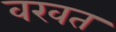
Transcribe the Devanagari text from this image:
वखत